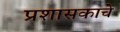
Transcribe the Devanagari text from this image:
प्रशासकाचे